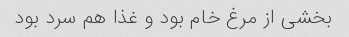
بخشی از مرغ خام بود و غذا هم سرد بود